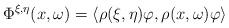
LaTeX: \begin{align*}\Phi^{\xi, \eta}(x, \omega) = \langle \rho(\xi,\eta) \varphi, \rho(x,\omega) \varphi \rangle\end{align*}